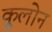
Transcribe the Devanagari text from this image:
कूलोन